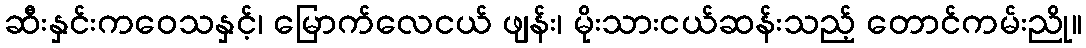
ဆီးနှင်းကဝေသနှင့်၊ မြောက်လေငယ် ဖျန်း၊ မိုးသားငယ်ဆန်းသည့် တောင်ကမ်းညို။